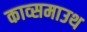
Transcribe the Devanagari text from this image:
काव्समाउथ